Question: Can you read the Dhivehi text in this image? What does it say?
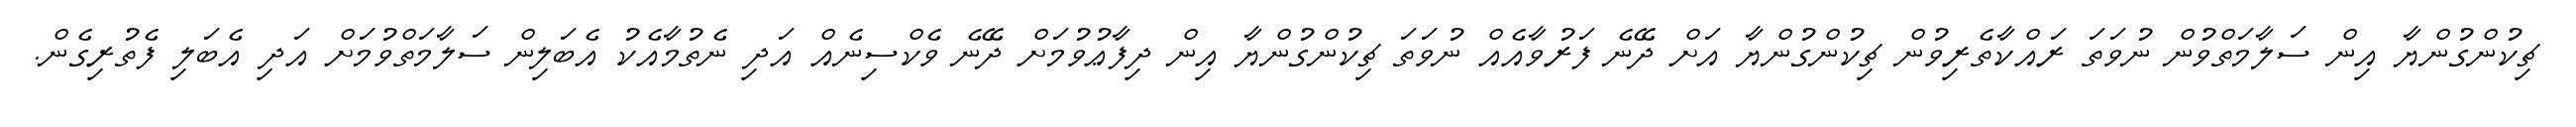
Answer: ޗިކުންގުންޔާ އިން ސަލާމަތްވުން ނުވަތަ ރައްކާތެރިވުން ޗިކުންގުންޔާ އަށް ދޭނެ ފަރުވާއެއް ނުވަތަ ޗިކުންގުންޔާ އިން ދިފާޢުވުމަށް ދޭނެ ވެކްސިނެއް އަދި ނެތުމާއެކު އެބަލިން ސަލާމަތްވުމަށް އަދި އެބަލި ފެތުރިގެން.